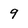
Character: 9